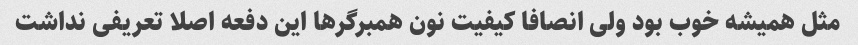
مثل همیشه خوب بود ولی انصافا کیفیت نون همبرگرها این دفعه اصلا تعریفی نداشت